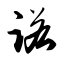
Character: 诺